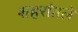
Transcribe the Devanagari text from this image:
शहरांतले